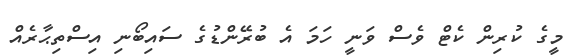
މީގެ ކުރިން ކެޓް ވެސް ވަނީ ހަމަ އެ ބުރޭންޑުގެ ސައިބޯނި އިސްތިޙާރެއް